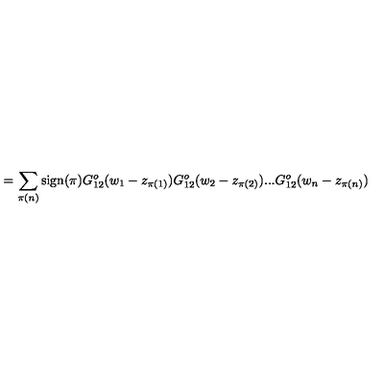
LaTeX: = \sum _ { \pi ( n ) } \mathrm { s i g n } ( \pi ) G _ { 1 2 } ^ { o } ( w _ { 1 } - z _ { \pi ( 1 ) } ) G _ { 1 2 } ^ { o } ( w _ { 2 } - z _ { \pi ( 2 ) } ) . . . G _ { 1 2 } ^ { o } ( w _ { n } - z _ { \pi ( n ) } )